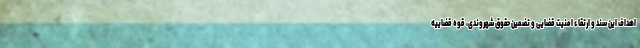
اهداف این سند و ارتقاء امنیت قضایی و تضمین حقوق شهروندی، قوه قضاییه